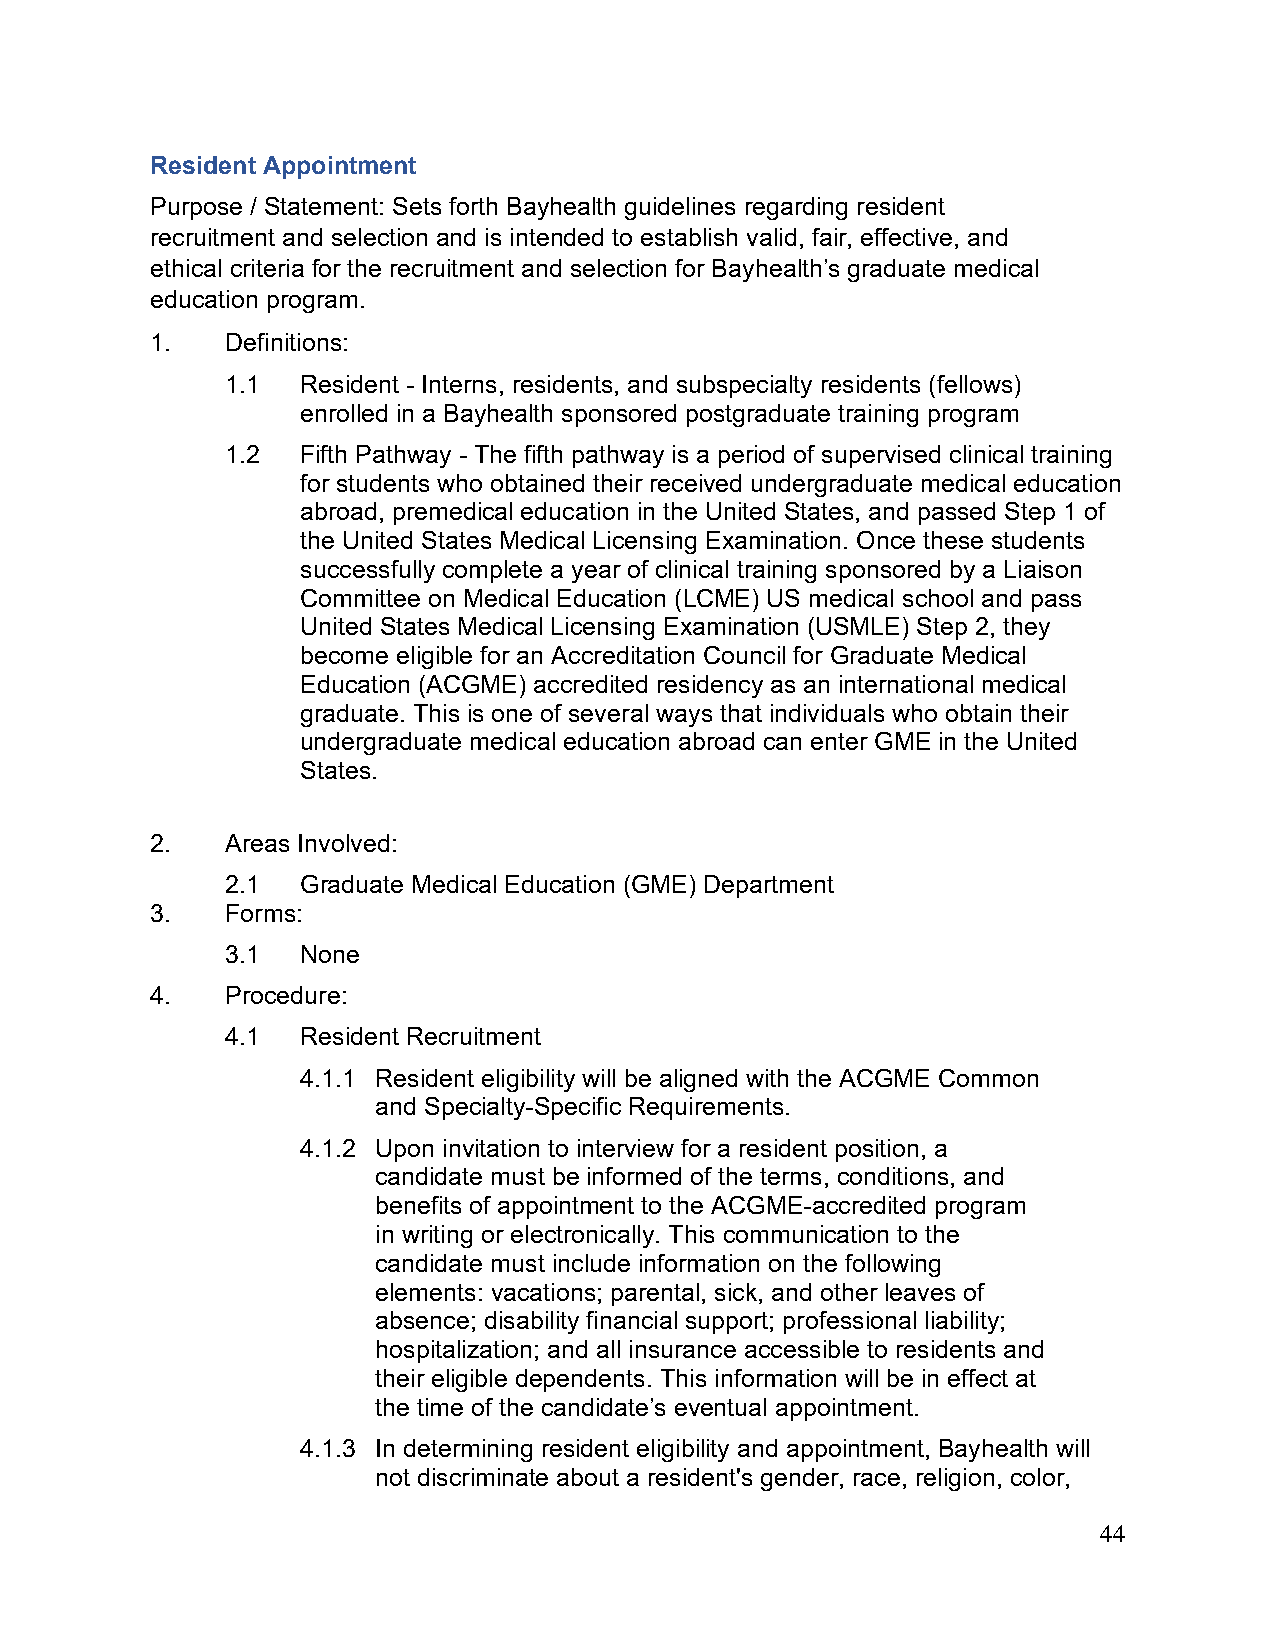
Resident Appointment
 Purpose / Statement: Sets forth Bayhealth guidelines regarding resident
 recruitment and selection and is intended to establish valid, fair, effective, and
 ethical criteria for the recruitment and selection for Bayhealth’s graduate medical
 education program.
 1.   Definitions:
 1.1  Resident - Interns, residents, and subspecialty residents (fellows)
 enrolled in a Bayhealth sponsored postgraduate training program
 1.2  Fifth Pathway - The fifth pathway is a period of supervised clinical training
 for students who obtained their received undergraduate medical education
 abroad, premedical education in the United States, and passed Step 1 of
 the United States Medical Licensing Examination. Once these students
 successfully complete a year of clinical training sponsored by a Liaison
 Committee on Medical Education (LCME) US medical school and pass
 United States Medical Licensing Examination (USMLE) Step 2, they
 become eligible for an Accreditation Council for Graduate Medical
 Education (ACGME) accredited residency as an international medical
 graduate. This is one of several ways that individuals who obtain their
 undergraduate medical education abroad can enter GME in the United
 States.
 2.   Areas Involved:
 2.1  Graduate Medical Education (GME) Department
 3.   Forms:
 3.1  None
 4.   Procedure:
 4.1  Resident Recruitment
 4.1.1 Resident eligibility will be aligned with the ACGME Common
 and Specialty-Specific Requirements.
 4.1.2 Upon invitation to interview for a resident position, a
 candidate must be informed of the terms, conditions, and
 benefits of appointment to the ACGME-accredited program
 in writing or electronically. This communication to the
 candidate must include information on the following
 elements: vacations; parental, sick, and other leaves of
 absence; disability financial support; professional liability;
 hospitalization; and all insurance accessible to residents and
 their eligible dependents. This information will be in effect at
 the time of the candidate’s eventual appointment.
 4.1.3 In determining resident eligibility and appointment, Bayhealth will
 not discriminate about a resident's gender, race, religion, color,
 44